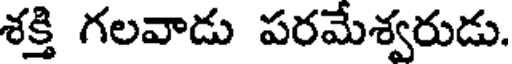
శక్తి గలవాడు పరమేశ్వరుడు.